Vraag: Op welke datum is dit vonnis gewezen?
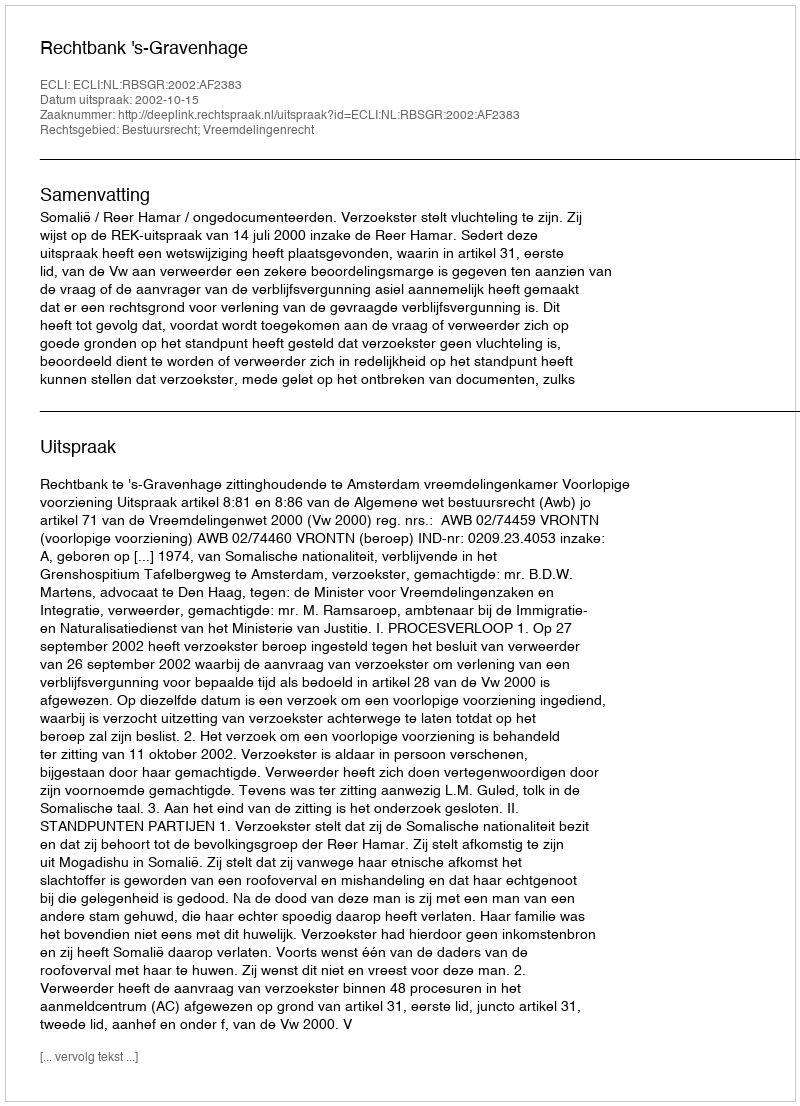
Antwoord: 2002-10-15